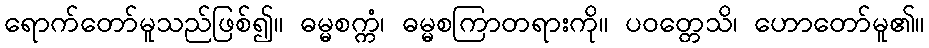
ရောက်တော်မူသည်ဖြစ်၍။ ဓမ္မစက္ကံ၊ ဓမ္မစကြာတရားကို။ ပဝတ္တေသိ၊ ဟောတော်မူ၏။